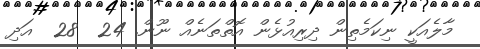
މާލެއަކީ ނިކަމެތިން ދިރިއުޅެން އޮތްތަނެއް ނޫން. 24  28  އަދި